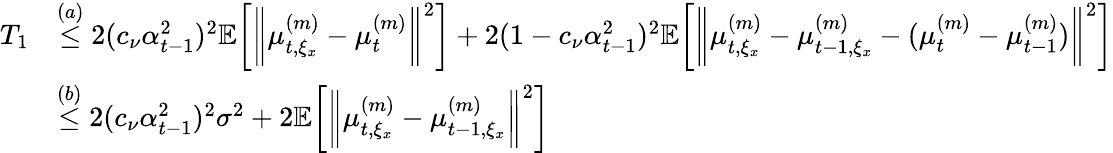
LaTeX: \begin{array}{rl}{T_{1}}&{\overset{(a)}{\leq}2(c_{\nu}\alpha_{t-1}^{2})^{2}\mathbb{E}\bigg[\bigg\| \mu_{t,\xi_{x}}^{(m)}-\mu_{t}^{(m)}\bigg\| ^{2}\bigg]+2(1-c_{\nu}\alpha_{t-1}^{2})^{2}\mathbb{E}\bigg[\bigg\| \mu_{t,\xi_{x}}^{(m)}-\mu_{t-1,\xi_{x}}^{(m)}-(\mu_{t}^{(m)}-\mu_{t-1}^{(m)})\bigg\| ^{2}\bigg]}\\ &{\overset{(b)}{\leq}2(c_{\nu}\alpha_{t-1}^{2})^{2}\sigma^{2}+2\mathbb{E}\bigg[\bigg\| \mu_{t,\xi_{x}}^{(m)}-\mu_{t-1,\xi_{x}}^{(m)}\bigg\| ^{2}\bigg]}\end{array}